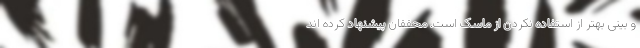
و بینی بهتر از استفاده نکردن از ماسک است. محققان پیشنهاد کرده اند